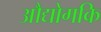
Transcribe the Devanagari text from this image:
औद्योगकि